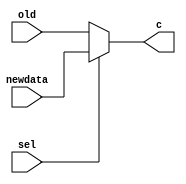
`timescale 1ns / 1ps


module MUX2x1(input newdata, input old, input sel, output c);

assign c = sel ? newdata : old;

endmodule